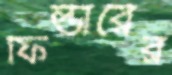
ফিল্ডারের